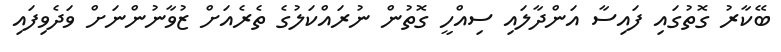
ބޭކާރު ގޮތުގައި ފައިސާ އަންދާލައި ސިއްހީ ގޮތުން ނުރައްކަލުގެ ތެރެއަށް ޒުވާނުންނަށް ވަދެވިފައި